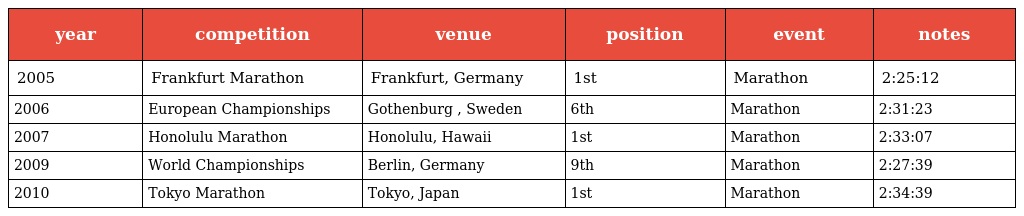
| year | competition | venue | position | event | notes |
 | --- | --- | --- | --- | --- | --- |
 | 2005 | Frankfurt Marathon | Frankfurt, Germany | 1st | Marathon | 2:25:12 |
 | 2006 | European Championships | Gothenburg , Sweden | 6th | Marathon | 2:31:23 |
 | 2007 | Honolulu Marathon | Honolulu, Hawaii | 1st | Marathon | 2:33:07 |
 | 2009 | World Championships | Berlin, Germany | 9th | Marathon | 2:27:39 |
 | 2010 | Tokyo Marathon | Tokyo, Japan | 1st | Marathon | 2:34:39 |